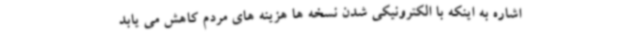
اشاره به اینکه با الکترونیکی شدن نسخه ها هزینه های مردم کاهش می یابد